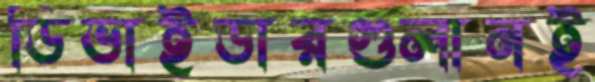
ডিভাইডারগুলানই